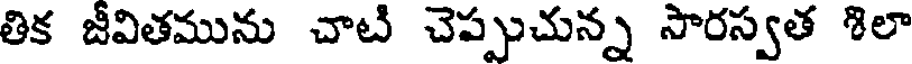
తిక జీవితమును చాటి చెప్పుచున్న సారస్వత శిలా